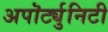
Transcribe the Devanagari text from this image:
अपॊर्ट्युनिटी